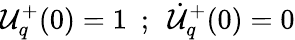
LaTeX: {\cal{U}}_{q}^{+}(0)=1~~;~~\dot{\cal{U}}_{q}^{+}(0)=0